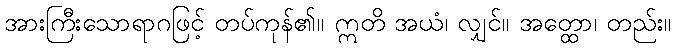
အားကြီးသောရာဂဖြင့် တပ်ကုန်၏။ ဣတိ အယံ၊ လျှင်။ အတ္ထော၊ တည်း။